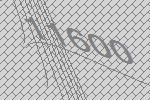
11600